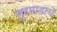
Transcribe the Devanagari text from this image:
सुरमाडाचे